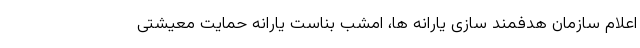
اعلام سازمان هدفمند سازی یارانه ها،‌ امشب بناست یارانه حمایت معیشتی